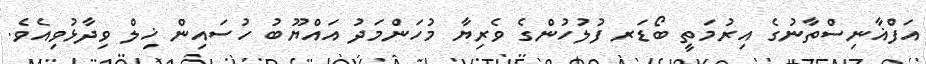
އަފްޣާނިސްތާނުގެ އިރުމަތީ ބޯޑަރ ފުލުހުންގެ ވެރިޔާ މުހަންމަދު އައްޔޫބު ހުސައިން ޚިލް ވިދާޅުވިއެވެ.